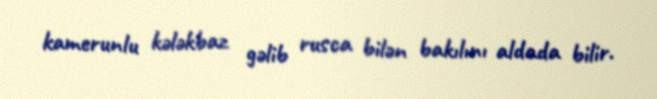
kamerunlu kələkbaz gəlib rusca bilən bakılını aldada bilir.